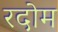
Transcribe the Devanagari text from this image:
रदोम